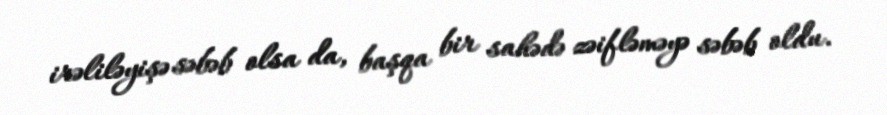
irəliləyişə səbəb olsa da, başqa bir sahədə zəifləməyə səbəb oldu.